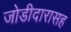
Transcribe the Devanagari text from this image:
जोडीदारासह